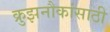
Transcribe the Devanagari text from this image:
क्रुझनौकांसाठी